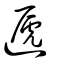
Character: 遞